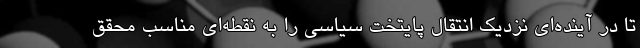
تا در آینده‌ای نزدیک انتقال پایتخت سیاسی را به نقطه‌ای مناسب محقق